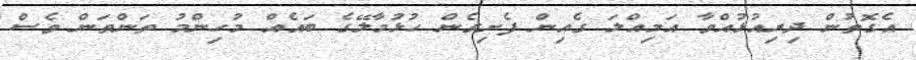
އެގޮތުން ދިރިއުޅުއްވާ އަމިއްލަ ގެއިން ފެށިގެން ހުޅުމާލޭގެ ބައެއް މުހިންމު ތަންތަން ވެސް